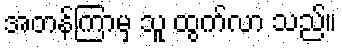
အတန်ကြာမှ သူ ထွက်လာ သည်။